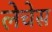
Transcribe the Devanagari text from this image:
लेचेस